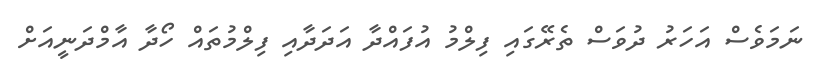
ނަަމަވެސް އަހަރު ދުވަސް ތެރޭގައި ފިލްމު އުފައްދާ އަދަދާއި ފިލްމުތައް ހޯދާ އާމްދަނީއަށް